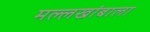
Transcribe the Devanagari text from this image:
मल्लखांबाला